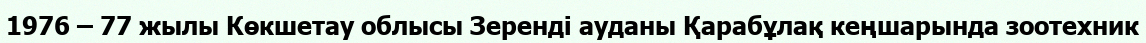
1976 – 77 жылы Көкшетау облысы Зеренді ауданы Қарабұлақ кеңшарында зоотехник